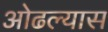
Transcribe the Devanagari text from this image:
ओढल्यास